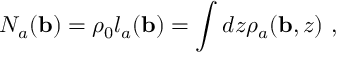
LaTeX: N _ { a } ( { \bf b } ) = \rho _ { 0 } l _ { a } ( { \bf b } ) = \int d z \rho _ { a } ( { \bf b } , z ) ~ ,